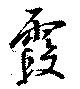
霞